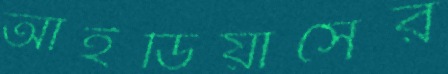
আইডিয়াসের